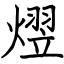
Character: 熤